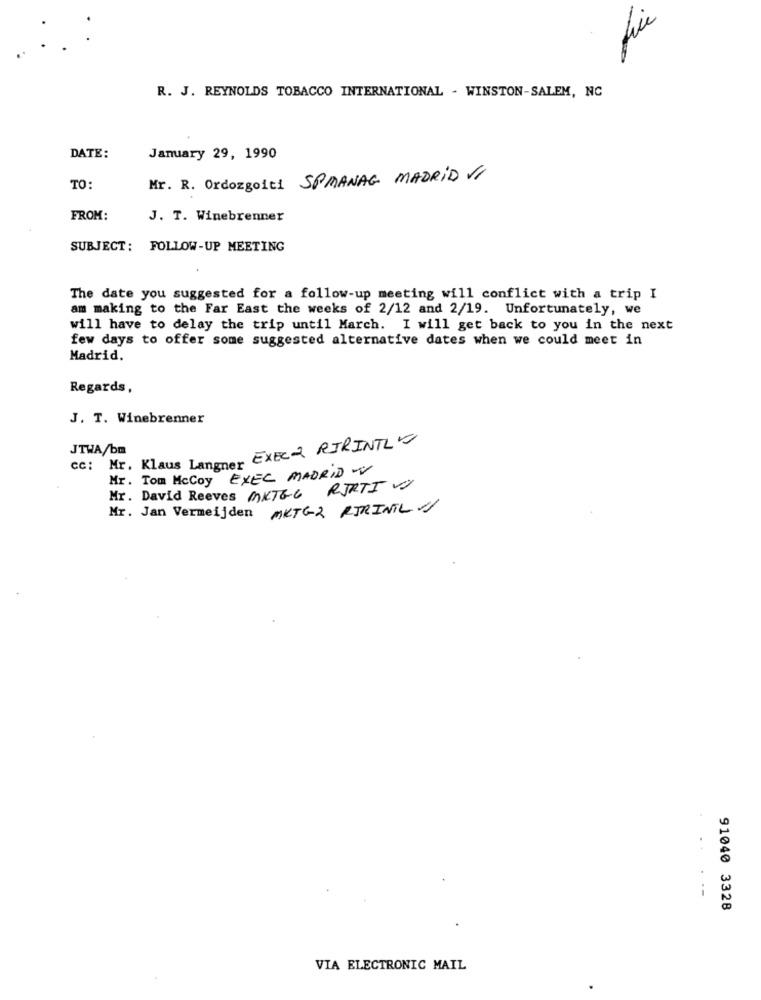
fi
R. J. REYNOLDS TOBACCO INTERNATIONAL - WINSTON-SALEM, NC
DATE:
January 29, 1990
Mr. R. Ordozgoiti SPMANAG MADRID VI
TO:
FROM:
J. T. Winebrenner
SUBJECT: FOLLOW-UP MEETING
The date you suggested for a follow-up meeting will conflict with a trip I
am making to the Far East the weeks of 2/12 and 2/19. Unfortunately, we
will have to delay the trip until March. I will get back to you in the next
few days to offer some suggested alternative dates when we could meet in
Madrid.
Regards,
J. T. Winebrenner
cc: Mr. Klaus Langner EXEC RIRINTLY
JTWA/bm
Mr. Tom McCoy EXEC MADRID V
Mr. David Reeves MKTGC RJRTI V
Mr. Jan Vermeijden MKTG-2 PIRINIL V/
--
91040 3328
VIA ELECTRONIC MAIL